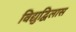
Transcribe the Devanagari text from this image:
विद्युद्विलास